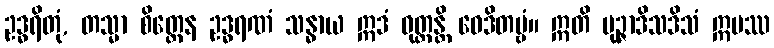
ဥဒ္ဓရိတုံ, တသ္မာ စိတ္တေန ဥဒ္ဓရဏံ သန္ဓာယ ဣဒံ ဝုတ္တန္တိ ဝေဒိတဗ္ဗံ။ ဣတိ မုဉ္ဇာဒိသဒိသံ ဣမဿ